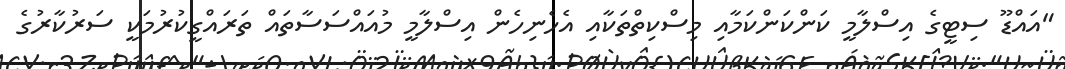
"އައްޑޫ ސިޓީގެ އިސްލާމީ ކަންކަންކަމާއި މިސްކިތްތަކާއި އެހެނިހެން އިސްލާމީ މުއައްސަސާތައް ތަރައްގީކުރުމަކީ ސަރުކާރުގެ